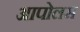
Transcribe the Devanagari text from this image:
आपोलस